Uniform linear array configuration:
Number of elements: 48
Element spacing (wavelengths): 1
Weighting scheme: exponential
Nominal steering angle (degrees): -15
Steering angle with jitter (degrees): -14.792
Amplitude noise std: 0.05
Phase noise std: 0.05

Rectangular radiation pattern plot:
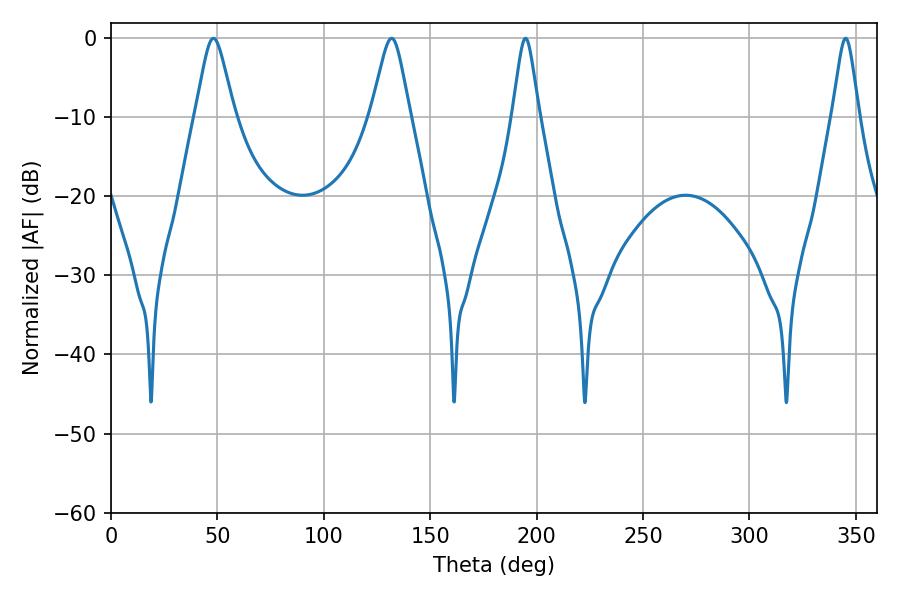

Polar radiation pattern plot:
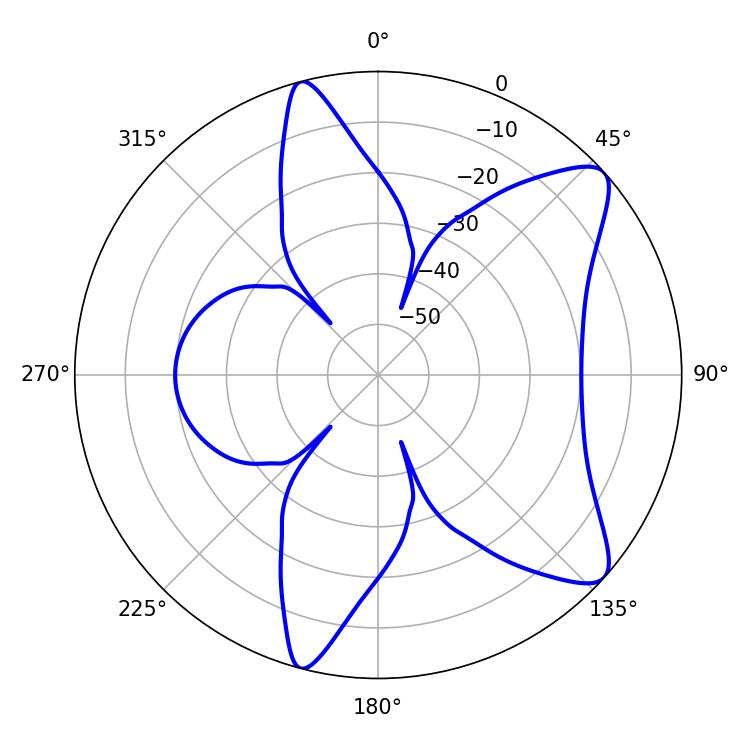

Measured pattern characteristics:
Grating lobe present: TRUE
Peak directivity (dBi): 9.594
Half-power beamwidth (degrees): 5.94
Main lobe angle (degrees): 194.76